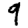
Digit: 9